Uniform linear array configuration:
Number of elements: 24
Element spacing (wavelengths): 0.5
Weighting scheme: cosine
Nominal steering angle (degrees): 15
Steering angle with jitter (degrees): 14.411
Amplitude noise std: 0.05
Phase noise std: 0.05

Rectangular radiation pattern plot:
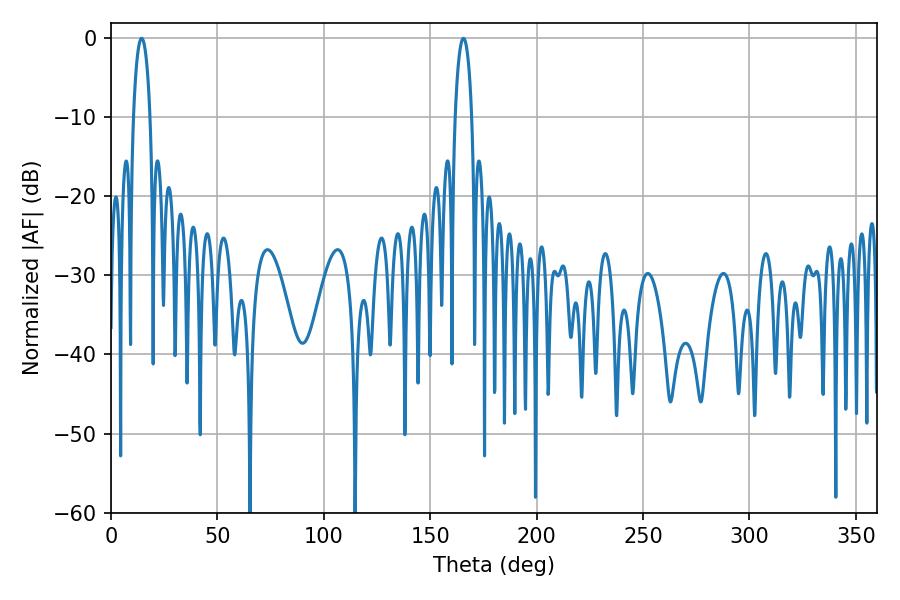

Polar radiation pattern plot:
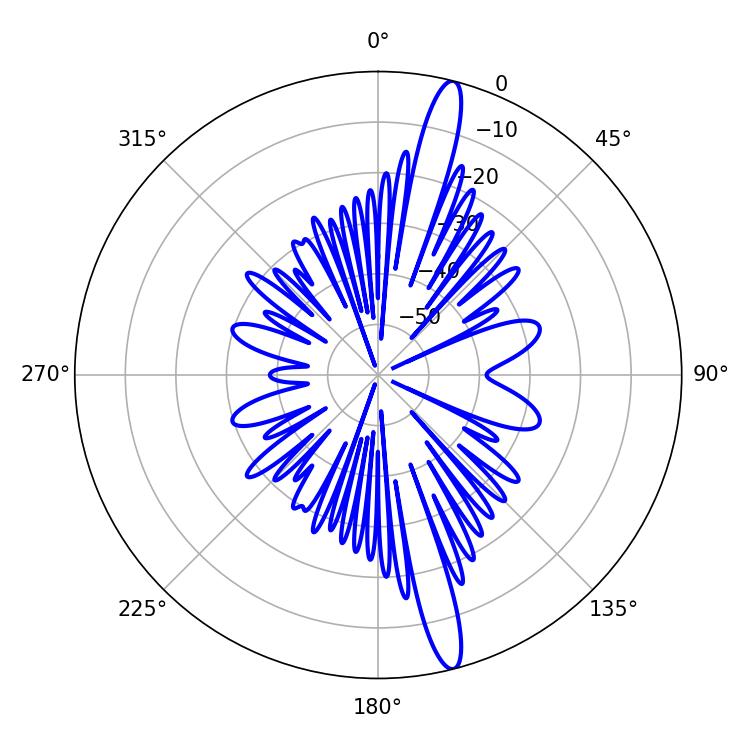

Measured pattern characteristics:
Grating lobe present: FALSE
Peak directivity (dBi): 16.605
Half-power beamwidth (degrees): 4.32
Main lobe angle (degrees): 14.4